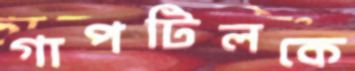
গাপটিলকে